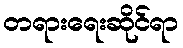
တရားရေးဆိုင်ရာ